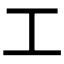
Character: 工